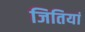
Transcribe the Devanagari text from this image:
जितियां